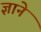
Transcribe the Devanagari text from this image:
ज्ञाने